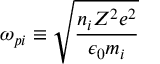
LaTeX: \omega _ { p i } \equiv { \sqrt { \frac { n _ { i } Z ^ { 2 } e ^ { 2 } } { \epsilon _ { 0 } m _ { i } } } }